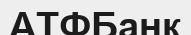
АТФБанк